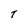
Character: T